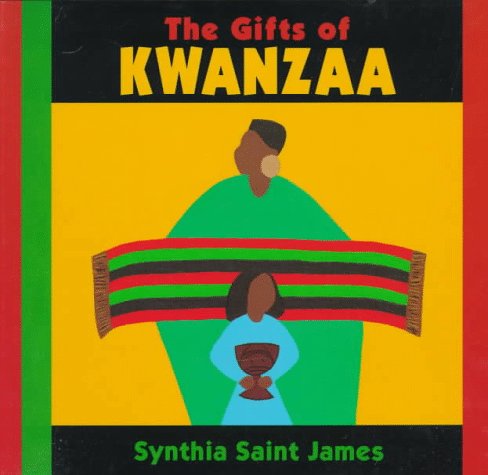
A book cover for The Gifts of Kwanzaa; Synthia Saint James; Children's Books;